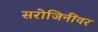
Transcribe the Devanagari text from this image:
सरोजिनींवर